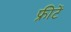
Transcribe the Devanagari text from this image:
फ्रीटें